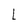
Character: L